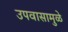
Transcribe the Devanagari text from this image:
उपवासामुळे